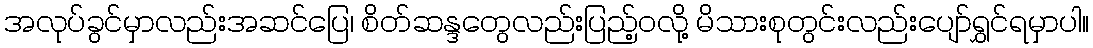
အလုပ်ခွင်မှာလည်းအဆင်ပြေ၊ စိတ်ဆန္ဒတွေလည်းပြည့်ဝလို့ မိသားစုတွင်းလည်းပျော်ရွှင်ရမှာပါ။